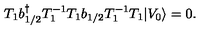
T _ { 1 } b { ^ \dagger _ { 1 / 2 } } T _ { 1 } ^ { - 1 } T _ { 1 } b _ { 1 / 2 } T _ { 1 } ^ { - 1 } T _ { 1 } \vert V _ { 0 } \rangle = 0 .